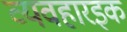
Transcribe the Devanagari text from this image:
व्यवहारइक